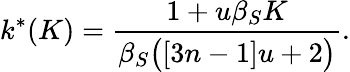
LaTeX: k^{*}(K)=\frac{1+u\beta_{S}K}{\beta_{S}\big([3n-1]u+2\big)}.